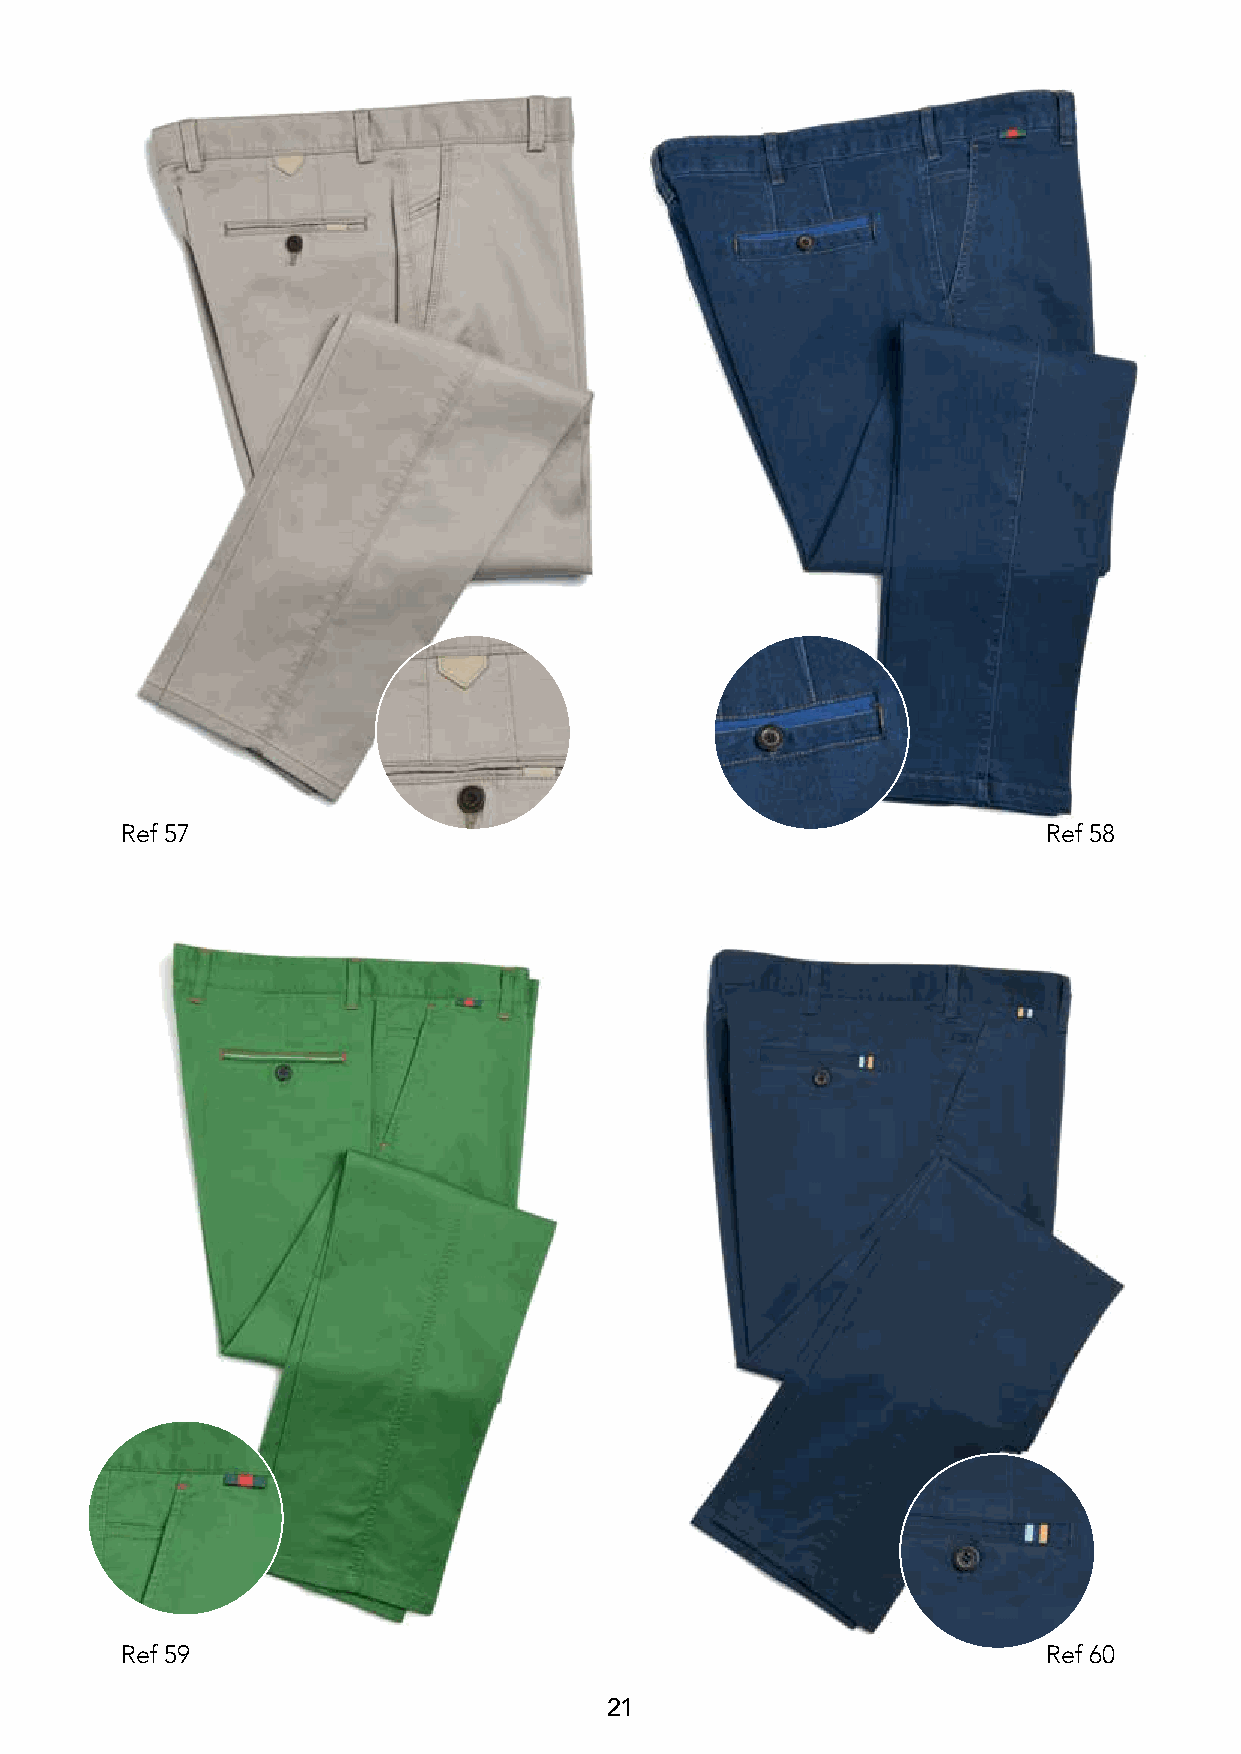
• PA  N TA  L O N E S •
 Ref 57                                                       Ref 58
 Ref 59                                                       Ref 60
 21